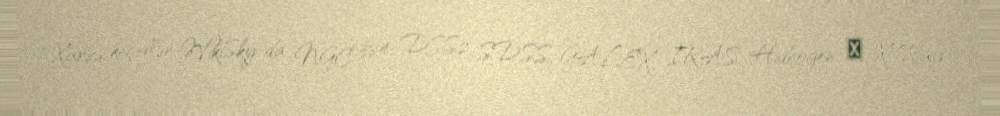
Xarici keçidlər WikiSky-da NGC 384: DSS2, SDSS, GALEX, IRAS, Hidrogen α, X-Ray,